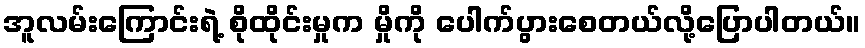
အူလမ်းကြောင်းရဲ့ စိုထိုင်းမှုက မှိုကို ပေါက်ပွားစေတယ်လို့ပြောပါတယ်။